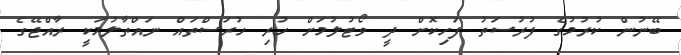
ބޭނުން ކުރުމުގެ ފުރުސަތު ފަހިކޮށް ދީ ވޯޓުލުމަށް ހުރި ހުރަސްތައް ނައްތާލުމަކީ ރާއްޖޭގެ